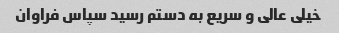
خیلی عالی و سریع به دستم رسید سپاس فراوان